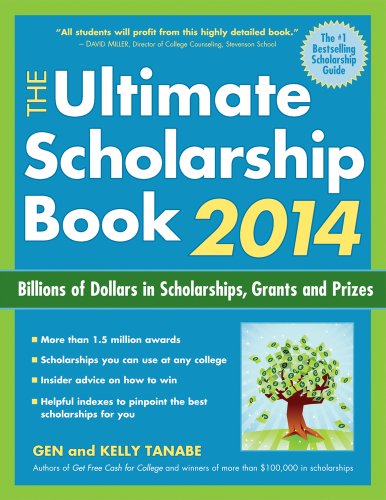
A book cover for The Ultimate Scholarship Book 2014: Billions of Dollars in Scholarships, Grants and Prizes (Ultimate Scholarship Book: Billions of Dollars in Scholarships,); Gen Tanabe; Business & Money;